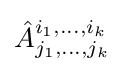
{\hat {A}}_{j_{1},\dots ,j_{k}}^{i_{1},\dots ,i_{k}}